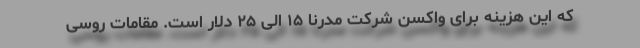
که این هزینه برای واکسن شرکت مدرنا ۱۵ الی ۲۵ دلار است. مقامات روسی